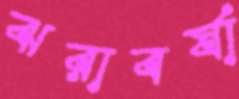
ঝরাবর্ষা